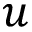
u